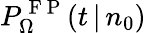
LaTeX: P_{\Omega}^{\mathrm{~F~P~}}(t\, |\, n_{0})